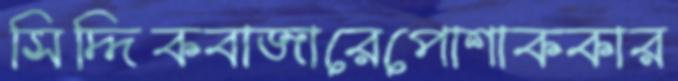
সিদ্দিকবাজারেপোশাককার